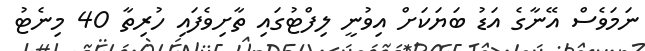
ނަމަވެސް އޭނާގެ އަޑު ބަޔަކަށް އިވުނީ ލިފްޓުގައި ތާށިވެފައި ހުރިތާ 40 މިނެޓު